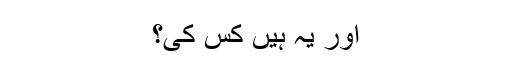
اور یہ ہیں کس کی؟